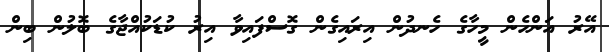
އޭރު އަންހެން މީހާގެ ހެނދުން އިރައިގެން ގޮސްފައިވާ އިރު ކުޑަކުއްޖާގެ ބޮލުން ބިން